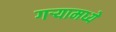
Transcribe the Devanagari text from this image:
गर्‍यामध्ये